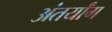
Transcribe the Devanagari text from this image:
अंतर्यांग